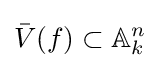
{\bar {V}}(f)\subset \mathbb {A} _{k}^{n}